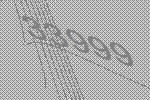
33999